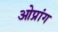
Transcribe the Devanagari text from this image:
ओप्रांग